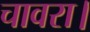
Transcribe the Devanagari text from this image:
चावरा।